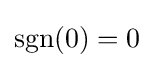
\operatorname {sgn}(0)=0